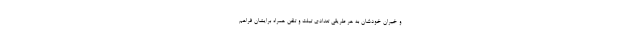
و خیران خودشان به هر طریقی تعدادی تبلت و تلفن همراه برایشان فراهم